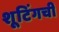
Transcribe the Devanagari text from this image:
शूटिंगची